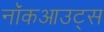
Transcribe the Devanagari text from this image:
नॉकआउट्स